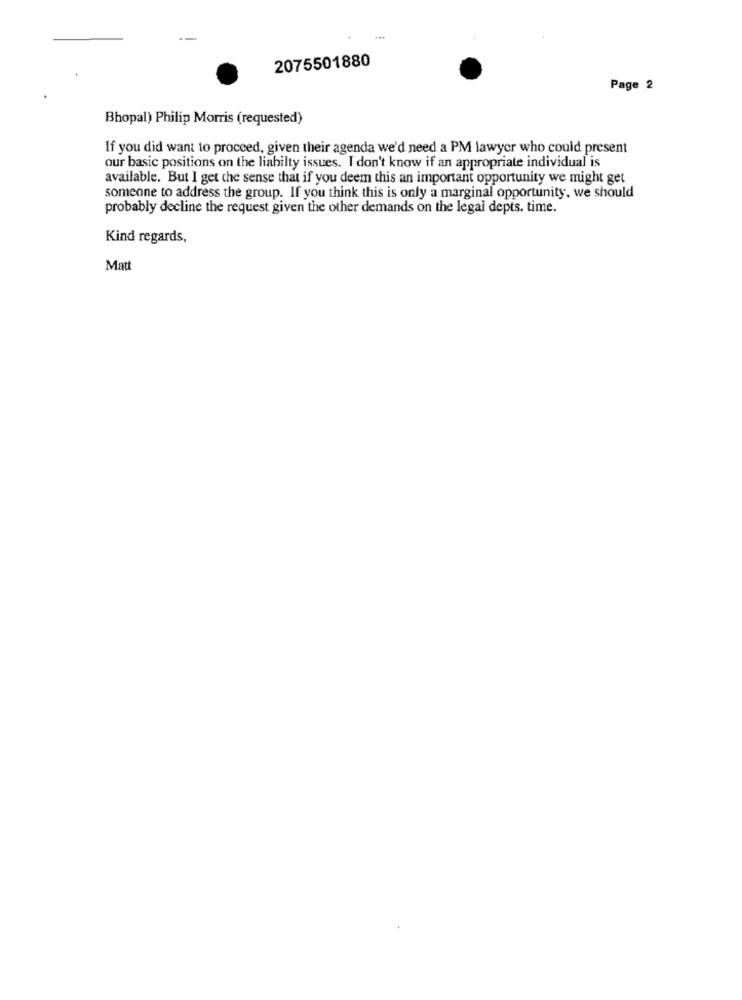
2075501880
Page 2
Bhopal) Philip Morris (requested)
If you did want to proceed, given their agenda we'd need a PM lawyer who could present
our basic positions on the liabilty issues. I don't know if an appropriate individual is
available. But I get the sense that if you deem this an important opportunity we might get
someone to address the group. If you think this is only a marginal opportunity. we should
probably decline the request given the other demands on the legal depts. time.
Kind regards,
Matt